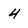
Character: 4